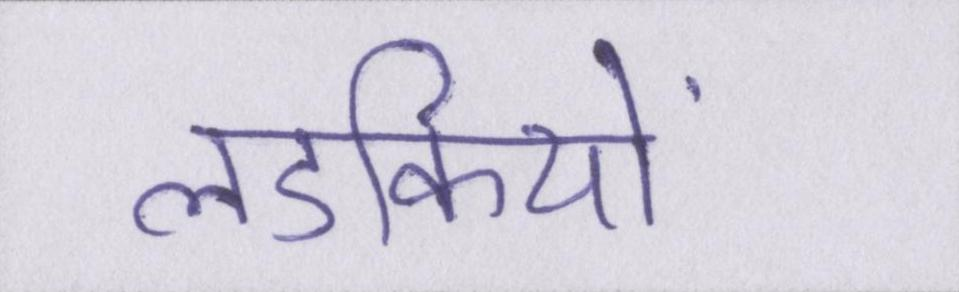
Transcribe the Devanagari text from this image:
लडकियों